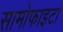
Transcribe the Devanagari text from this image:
सामोफाइटा